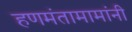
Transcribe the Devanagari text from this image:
हणमंतामामांनी